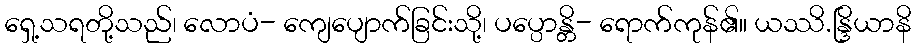
ရှေ့သရတို့သည်၊ လောပံ- ကျေပျောက်ခြင်းသို့၊ ပပ္ပောန္တိ- ရောက်ကုန်၏။ ယဿိ.န္ဒြိယာနိ